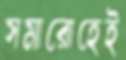
সমারোহেই